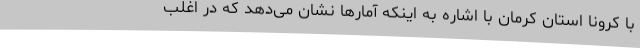
با کرونا استان کرمان با اشاره به اینکه آمارها نشان می‌دهد که در اغلب